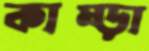
কাম্‌ড়া